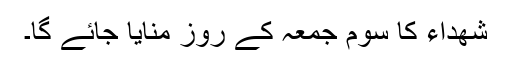
شھداء کا سوم جمعہ کے روز منایا جائے گا۔